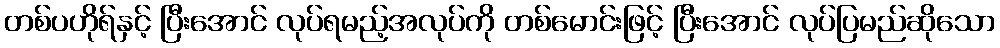
တစ်ပဟိုရ်နှင့် ပြီးအောင် လုပ်ရမည့်အလုပ်ကို တစ်မောင်းဖြင့် ပြီးအောင် လုပ်ပြမည်ဆိုသော